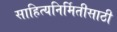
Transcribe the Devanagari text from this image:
साहित्यनिर्मितीसाठी